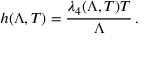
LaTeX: h ( \Lambda , T ) = \frac { \lambda _ { 4 } ( \Lambda , T ) T } { \Lambda } \, .